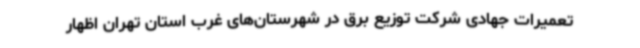
تعمیرات جهادی شرکت توزیع برق در شهرستان‌های غرب استان تهران اظهار